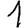
Digit: 1